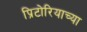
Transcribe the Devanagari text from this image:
प्रिटोरियाच्या